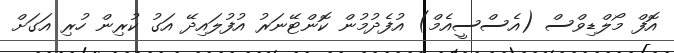
އޮފް މޯލްޑިވްސް (އެސްސީއެމް) އުފެދުމުން ކޮންޓޭނަރު އުފުލައިދޭ އަގު ކުރިން ހުރި އަގަށް